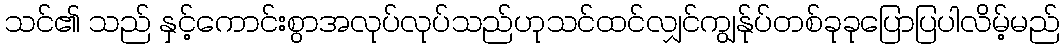
သင်၏ သည် နှင့်ကောင်းစွာအလုပ်လုပ်သည်ဟုသင်ထင်လျှင်ကျွန်ုပ်တစ်ခုခုပြောပြပါလိမ့်မည်